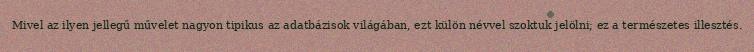
Mivel az ilyen jellegű művelet nagyon tipikus az adatbázisok világában, ezt külön névvel szoktuk jelölni; ez a természetes illesztés.